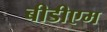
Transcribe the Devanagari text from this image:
बीडीएम